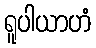
ရူပါယာဟံ